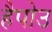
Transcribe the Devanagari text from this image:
हैपोउ